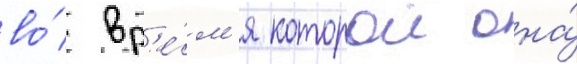
во́ вр'е́м'я которои она́